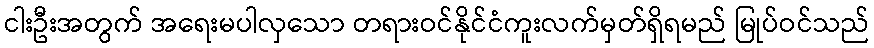
ငါးဦးအတွက် အရေးမပါလှသော တရားဝင်နိုင်ငံကူးလက်မှတ်ရှိရမည် မြုပ်ဝင်သည်